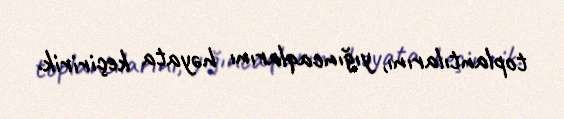
toplantılarını, yığıncaqlarını həyata keçiririk.